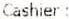
CASHIER: